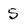
Character: 5